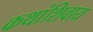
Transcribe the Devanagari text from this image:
कथांशिवाय